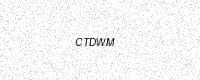
Text: CTDWM